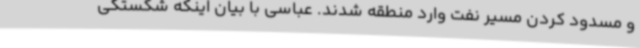
و مسدود کردن مسیر نفت وارد منطقه شدند. عباسی با بیان اینکه شکستگی